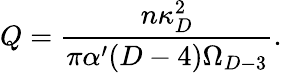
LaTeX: Q={\frac{n\kappa_{D}^{2}}{\pi\alpha^{\prime}(D-4)\Omega_{D-3}}}.